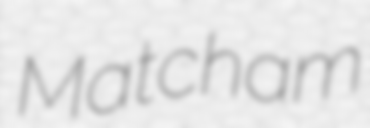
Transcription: Matcham